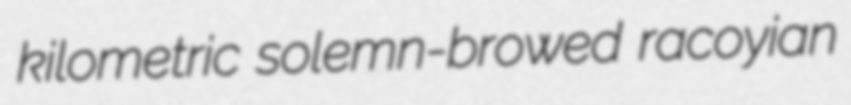
kilometric solemn-browed racoyian